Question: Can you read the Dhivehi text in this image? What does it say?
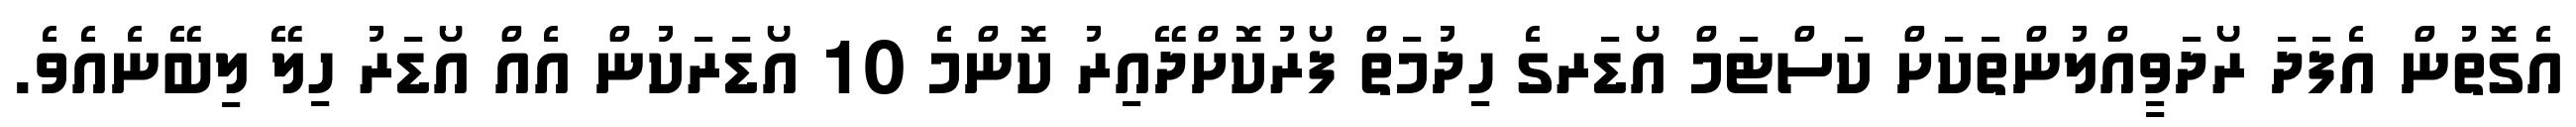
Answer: އެގޮތުން އެފަދަ ރޯދަވީއްލުންތަކަށް ކަސްޓަމް އޯޑަރގެ ހިދުމަތް ފޯރުކޮށްދޭއިރު ކޮންމެ 10 އޯޑަރަކުން އެއް އޯޑަރު ހިލޭ ލިބޭނެއެވެ.